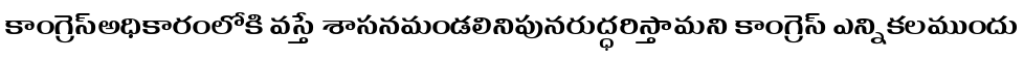
కాంగ్రెస్అధికారంలోకి వస్తే శాసనమండలినిపునరుద్ధరిస్తామని కాంగ్రెస్ ఎన్నికలముందు